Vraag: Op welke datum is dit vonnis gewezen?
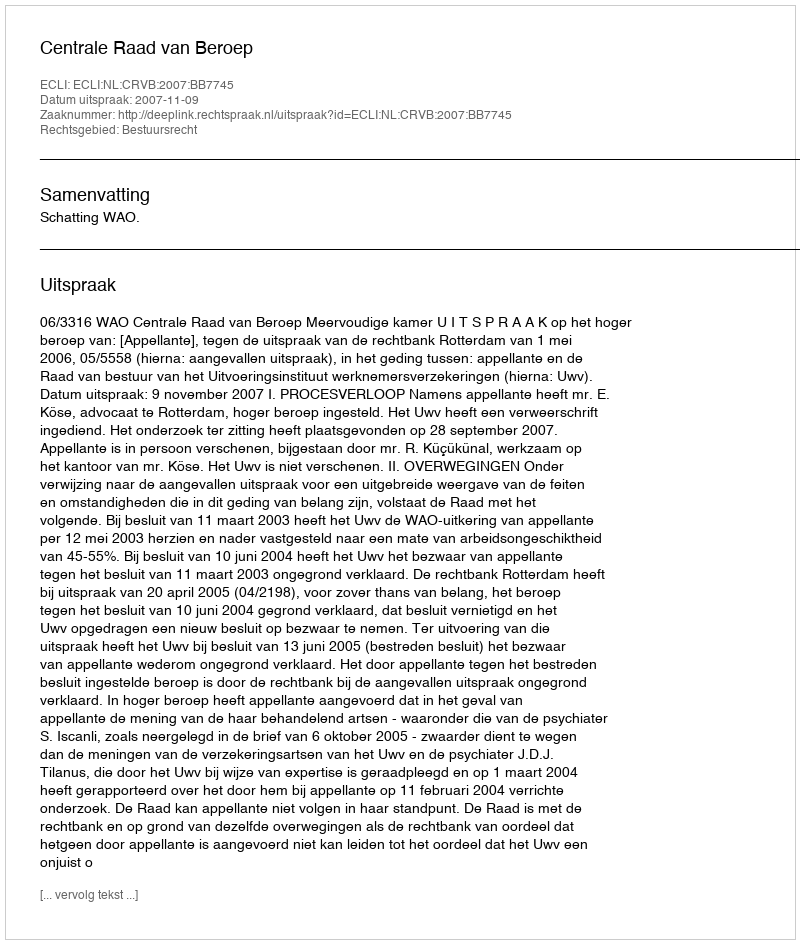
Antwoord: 2007-11-09